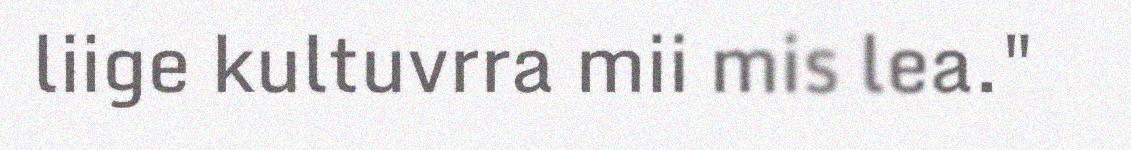
liige kultuvrra mii mis lea."